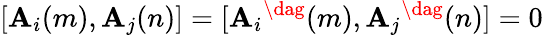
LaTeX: [\mathbf{A}_{i}(m),\mathbf{A}_{j}(n)]=[\mathbf{A}_{i}{}^{\dag}(m),\mathbf{A}_{j}{}^{\dag}(n)]=0